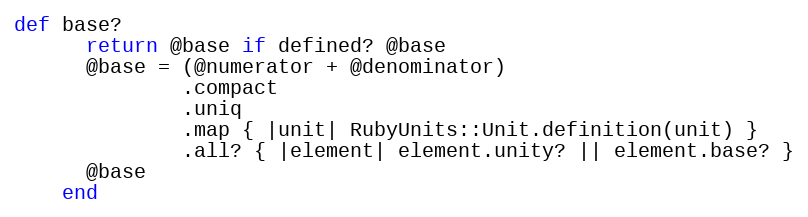
Language: Ruby
def base?
      return @base if defined? @base
      @base = (@numerator + @denominator)
              .compact
              .uniq
              .map { |unit| RubyUnits::Unit.definition(unit) }
              .all? { |element| element.unity? || element.base? }
      @base
    end